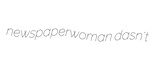
newspaperwoman dasn't